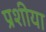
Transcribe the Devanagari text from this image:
प्रशीया